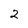
Character: 2